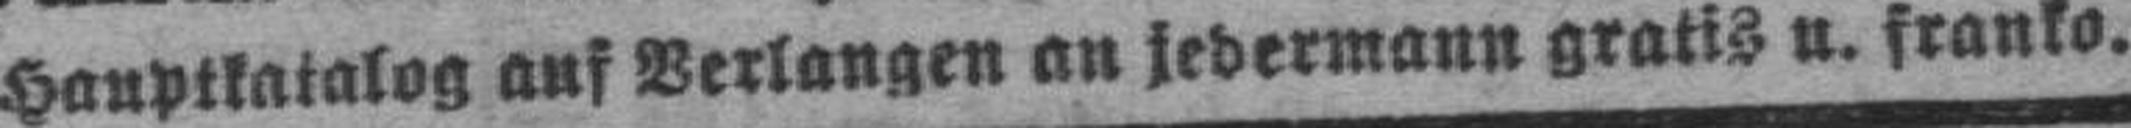
Hauptkatalog auf Verlangen an jedermann gratis u. franko.